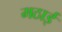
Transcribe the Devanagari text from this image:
मठाई